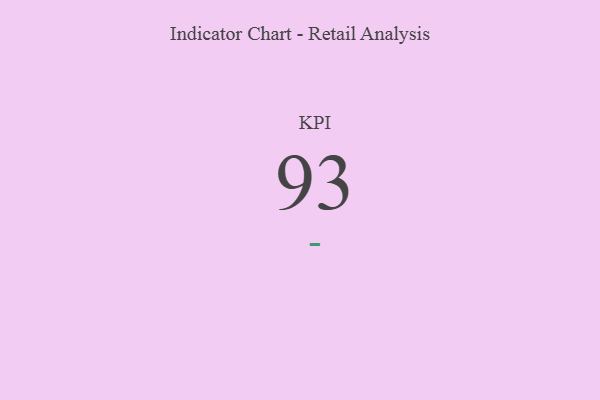
{"axis": {"x": "KPI", "y": "Value"}, "legend": [""], "data": [{"x": "KPI", "y": 93, "type": ""}]}